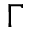
\Gamma